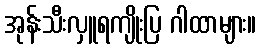
အုန်းသီးလှူရကျိုးပြ ဂါထာများ။